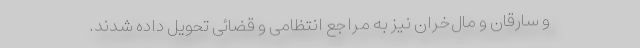
و سارقان و مال‌خران نیز به مراجع انتظامی و قضائی تحویل داده شدند.